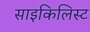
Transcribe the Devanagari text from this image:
साइकिलिस्ट